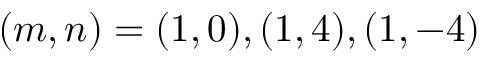
( m , n ) = ( 1 , 0 ) , ( 1 , 4 ) , ( 1 , - 4 )